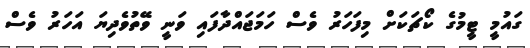
ގައުމީ ޓީމުގެ ކޯޗަކަށް މިފަހަރު ވެސް ހަމަޖައްދާފައި ވަނީ ވޭތުވެދިޔަ އަހަރު ވެސް